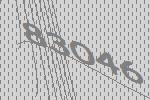
83046